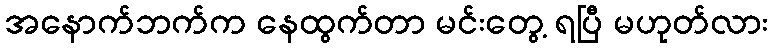
အနောက်ဘက်က နေထွက်တာ မင်းတွေ့ ရပြီ မဟုတ်လား